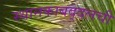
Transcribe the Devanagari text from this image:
स्थानकाबद्दलची